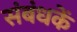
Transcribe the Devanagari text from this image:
संबंधकें